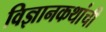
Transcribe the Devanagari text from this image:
विज्ञानकथांची